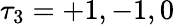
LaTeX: \tau_{3}=+1,-1,0